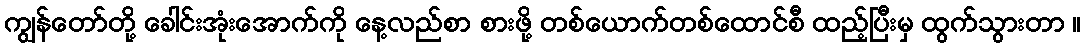
ကျွန်တော်တို့ ခေါင်းအုံးအောက်ကို နေ့လည်စာ စားဖို့ တစ်ယောက်တစ်ထောင်စီ ထည့်ပြီးမှ ထွက်သွားတာ ။